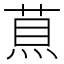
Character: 𦵅